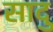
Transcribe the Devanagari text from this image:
सादु